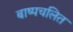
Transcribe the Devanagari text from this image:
बाष्पचलित